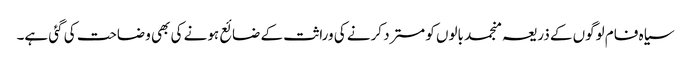
سیاہ فام لوگوں کے ذریعہ منجمد بالوں کو مسترد کرنے کی وراثت کے ضائع ہونے کی بھی وضاحت کی گئی ہے۔